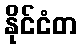
နိုင်ငံတ